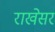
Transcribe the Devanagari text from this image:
राखेसर